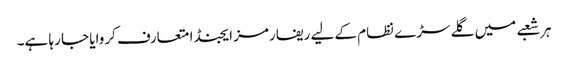
ہر شعبے میں گلے سڑے نظام کے لیے ریفارمز ایجنڈا متعارف کروایا جا رہا ہے۔